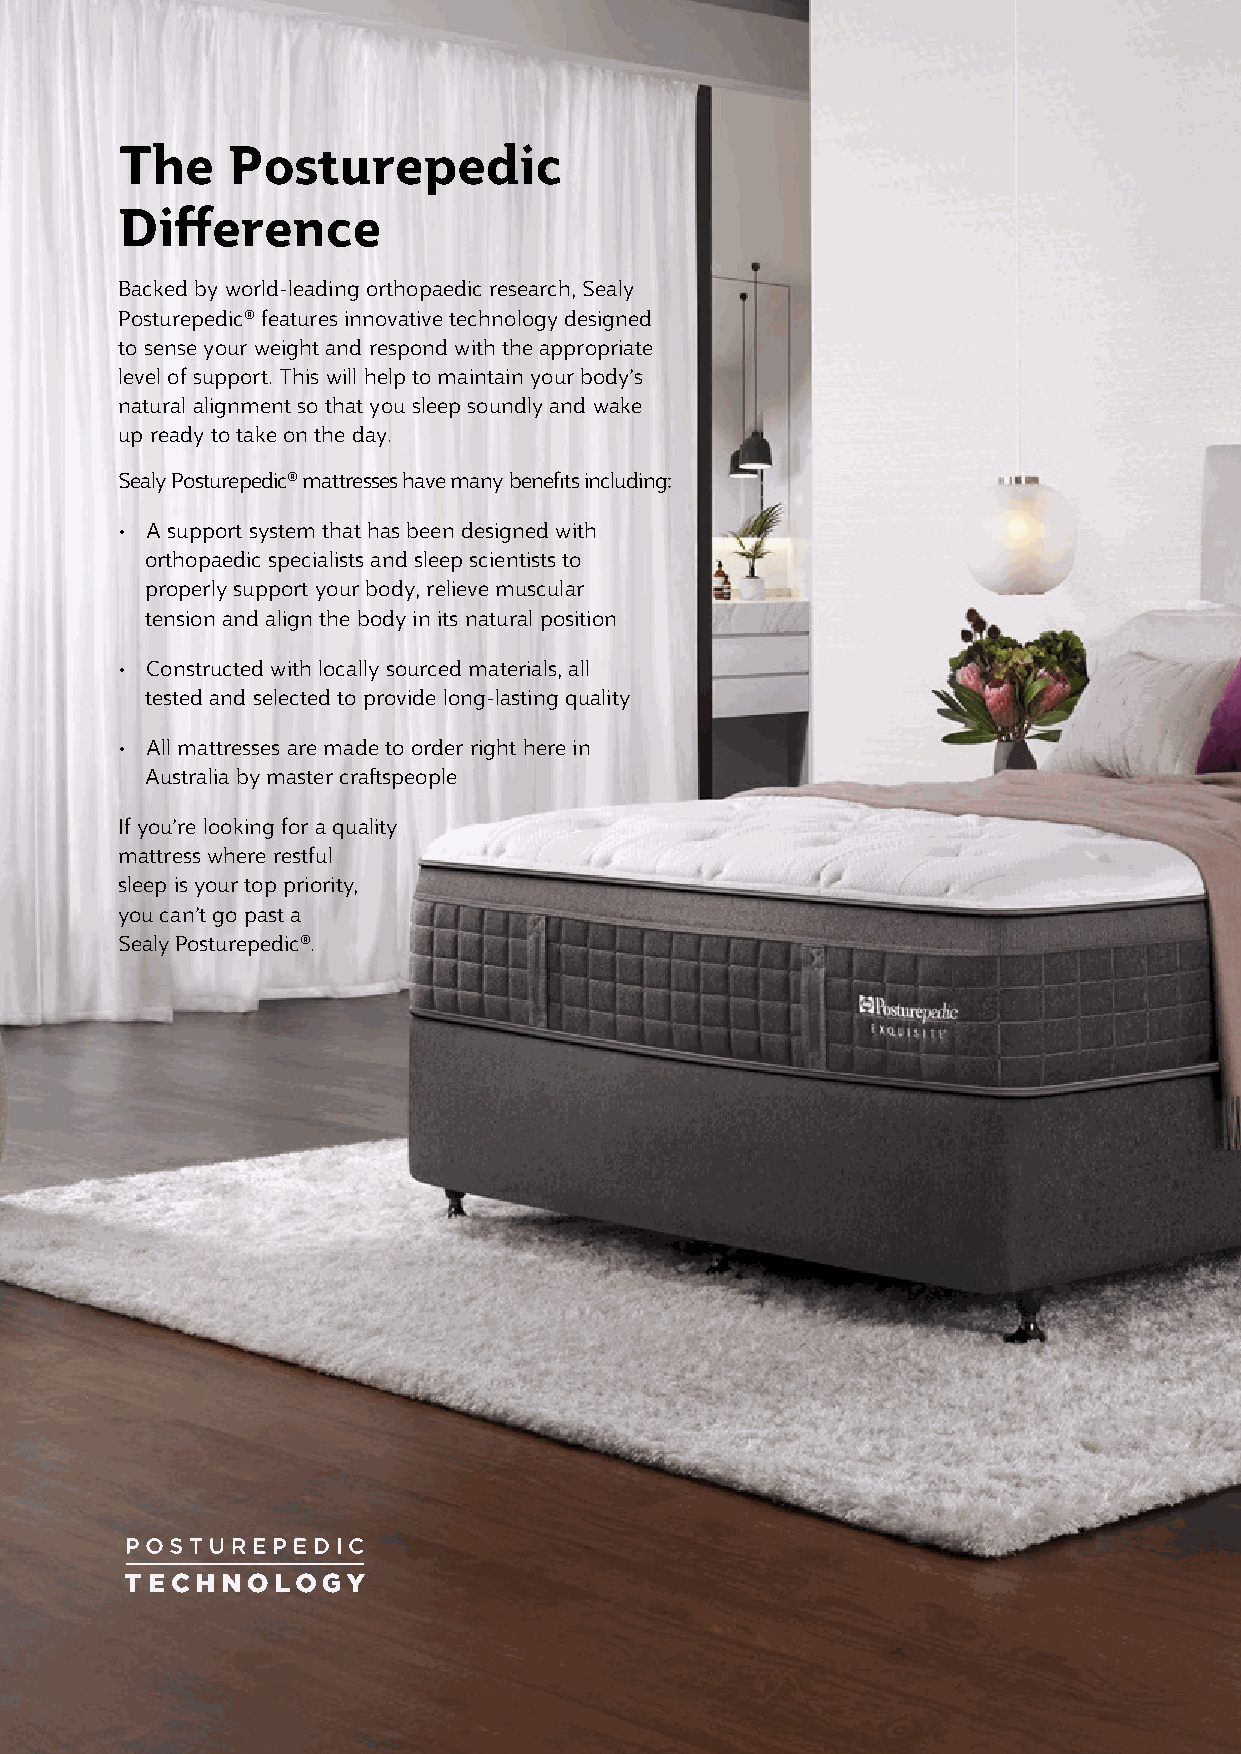
The    Posturepedic
 Difference
 Backed by world-leading orthopaedic research, Sealy
 Posturepedic® features innovative technology designed
 to sense your weight and respond with the appropriate
 level of support. This will help to maintain your body’s
 natural alignment so that you sleep soundly and wake
 up ready to take on the day.
 Sealy Posturepedic® mattresses have many benefits including:
 • A support system that has been designed with
 orthopaedic specialists and sleep scientists to
 properly support your body, relieve muscular
 tension and align the body in its natural position
 • Constructed with locally sourced materials, all
 tested and selected to provide long-lasting quality
 • All mattresses are made to order right here in
 Australia by master craftspeople
 If you’re looking for a quality
 mattress where restful
 sleep is your top priority,
 you can’t go past a
 Sealy Posturepedic®.